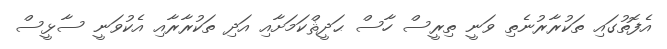
އެފޮތުގައި ތަކުރާރުނެތި ވަނީ ތިރީސް ހާސް ޙަދީޘްކަމަށާއި އަދި ތަކުރާރާއި އެކުވަނީ ސާޅީސް